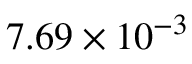
{ 7 . 6 9 \times 1 0 ^ { - 3 } }